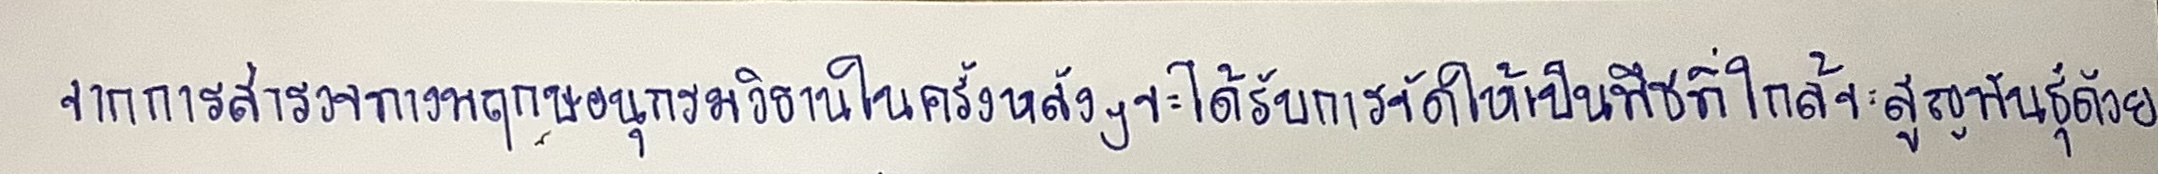
จากการสำรวจทางพฤกษอนุกรมวิธานในครั้งหลังๆจะได้รับการจัดให้เป็นพืชที่ใกล้จะสูญพันธุ์ด้วย